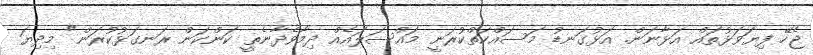
ޖެހޭ ފިޔަވަޅުތައް އަޅާނަން. އަޅުގަނޑު މަސައްކަތްކުރަނީ މައްސަލައެއް ދިމާވެދާނެތީ ކަންކަން ރަނގަޅުކުރަން" މިދިޔަ